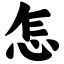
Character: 怎